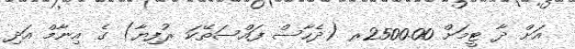
އަށް ދާ ޓީމަށް 2500.00ރ (ދެހާސް ފައްސަތޭކަ ރުފިޔާ) ގެ އިނާމް އަދި